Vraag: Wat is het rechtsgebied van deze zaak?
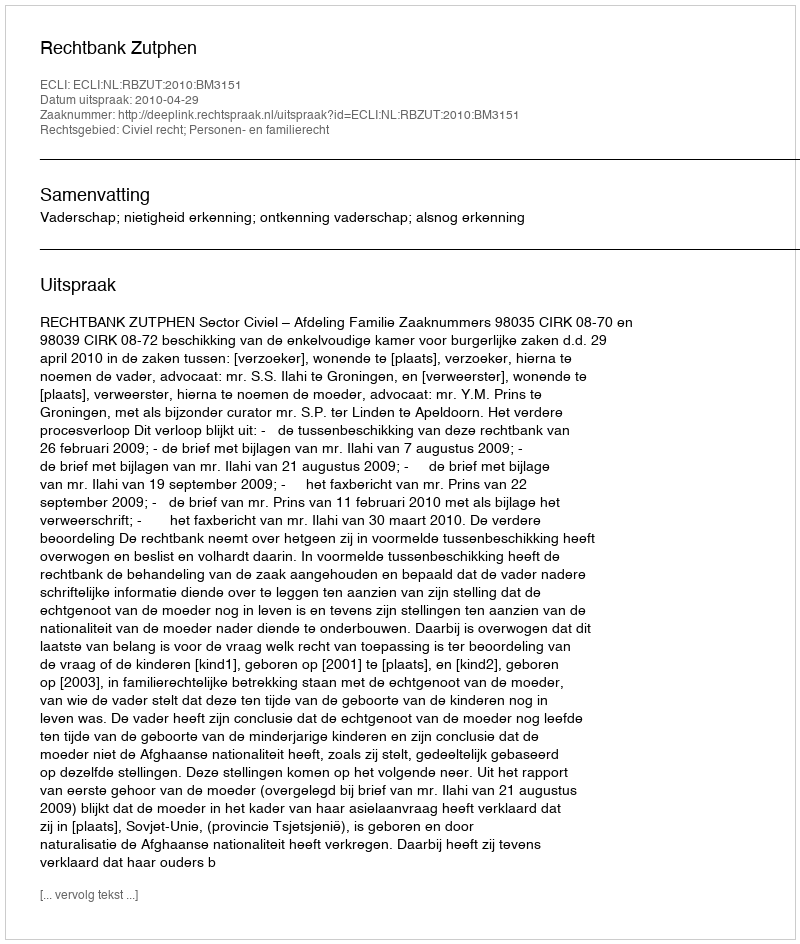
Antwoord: Civiel recht; Personen- en familierecht